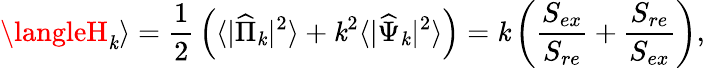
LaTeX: \langleH_{\mathit{k}}\rangle={\frac{{1}}{{2}}}\left(\langle|{\widehat{\Pi}}_{\mathit{k}}|^{2}\rangle+\mathit{k}^{2}\langle|{\widehat{\Psi}}_{\mathit{k}}|^{2}\rangle\right)=\mathit{k}\left({\frac{{S_{ex}}}{{S_{re}}}}+{\frac{{S_{re}}}{{S_{ex}}}}\right),